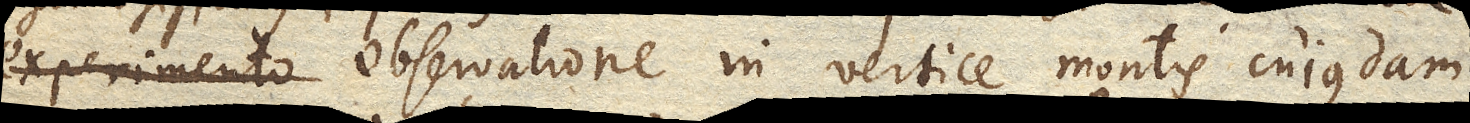
illo experimento praeclara observatione in vertice montis cujusdam